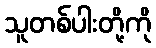
သူတစ်ပါးတို့ကို